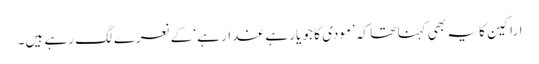
اراکین کا یہ بھی کہنا تھا کہ ’مودی کا جو یار ہے غدار ہے‘ کے نعرے لگ رہے ہیں۔